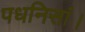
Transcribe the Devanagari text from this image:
पधनिसां।